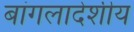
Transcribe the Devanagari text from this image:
बांगलादेशीय